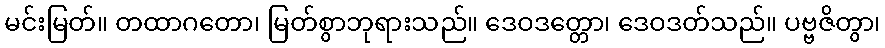
မင်းမြတ်။ တထာဂတော၊ မြတ်စွာဘုရားသည်။ ဒေဝဒတ္တော၊ ဒေဝဒတ်သည်။ ပဗ္ဗဇိတွာ၊